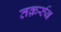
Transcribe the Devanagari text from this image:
तक़र्रुब